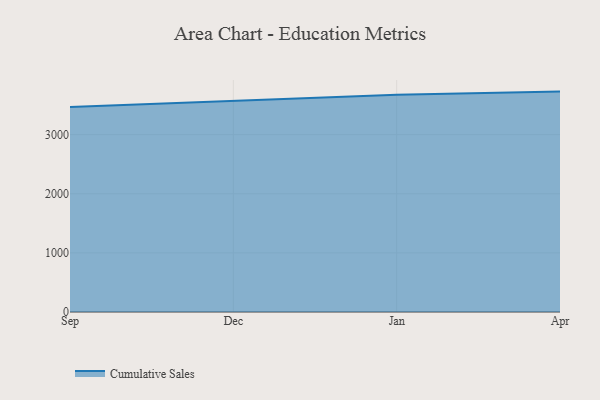
{"axis": {"x": "Month", "y": "Humidity (%)"}, "legend": ["Cumulative Sales"], "data": [{"x": "Sep", "y": 3465.4, "type": "Cumulative Sales"}, {"x": "Dec", "y": 3567.0, "type": "Cumulative Sales"}, {"x": "Jan", "y": 3675.6, "type": "Cumulative Sales"}, {"x": "Apr", "y": 3727.8, "type": "Cumulative Sales"}]}